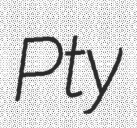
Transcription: Pty